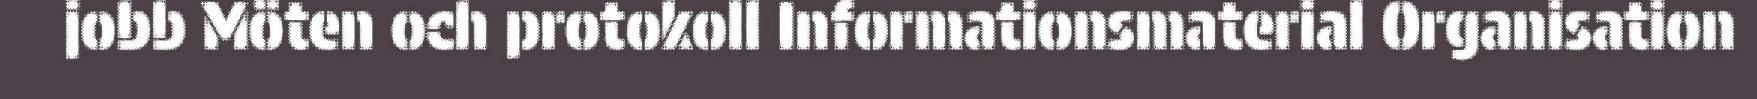
jobb Möten och protokoll Informationsmaterial Organisation